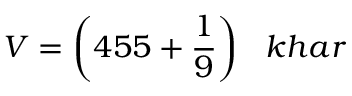
V = { \bigg ( } 4 5 5 + { \frac { 1 } { 9 } } { \bigg ) } \; \; \; k h a r